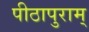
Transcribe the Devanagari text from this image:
पीठापुराम्‌